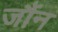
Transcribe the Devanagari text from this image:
जौंन